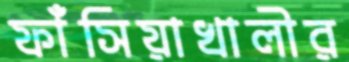
ফাঁসিয়াখালীর